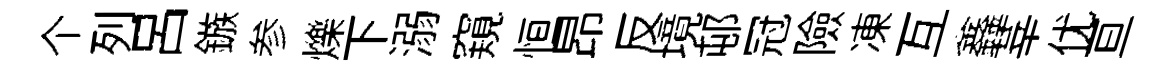
个列呂鏃参爍下溺窺恒昂反境邨冠險凍互鑫莘优亘